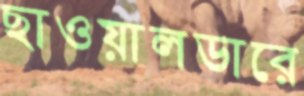
ছাওয়ালডারে